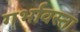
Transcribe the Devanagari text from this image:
गर्भावस्ता